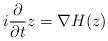
LaTeX: \begin{align*}i\frac{\partial}{\partial t} z = \nabla H(z)\end{align*}